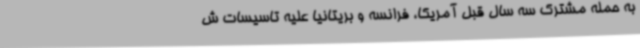
به حمله مشترک سه سال قبل آمریکا، فرانسه و بریتانیا علیه تاسیسات ش